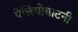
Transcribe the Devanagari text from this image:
पेलियोबाटनी